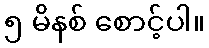
၅ မိနစ် စောင့်ပါ။